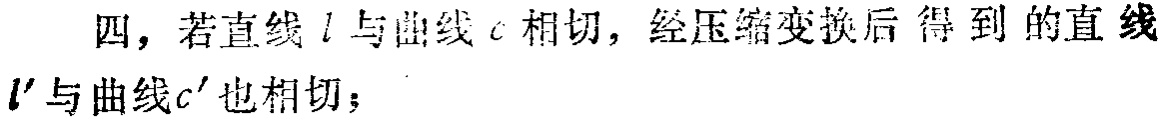
四，若直线\(l\)与曲线\(c\)相切，经压缩变换后得到的直线\(l'\)与曲线\(c'\)也相切；